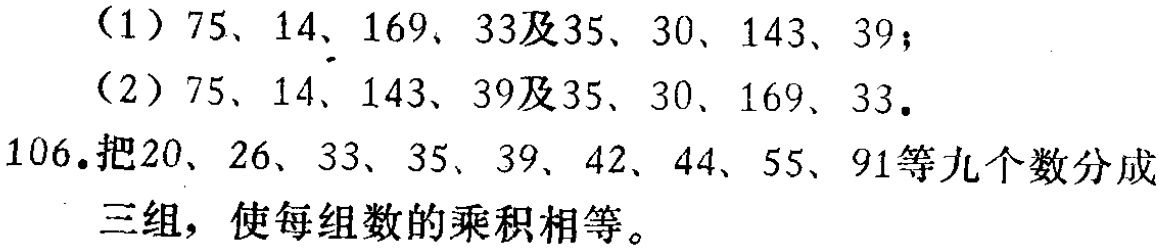
（1）$75、14、169、33$及$35、30、143、39$；

（2）$75、14、143、39$及$35、30、169、33$。

106.把$20、26、33、35、39、42、44、55、91$等九个数分成三组，使每组数的乘积相等。